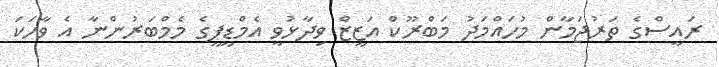
ރައީސްގެ ތަރުޖަމާން މުހައްމަދު މަބްރޫކް އަޒީޒް ވިދާޅުވީ އެމްޑީޕީގެ މެމްބަރުންނާ އެ ވާހަކަ